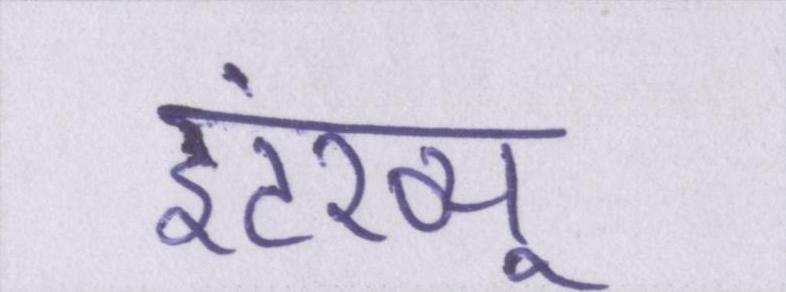
इंटरव्यू